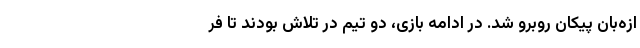
ازه‌بان پیکان روبرو شد. در ادامه بازی، دو تیم در تلاش بودند تا فر